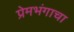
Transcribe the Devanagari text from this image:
प्रेमभंगाचा